Vaccination in Bombay 1924-1928 - 1924-1928
Year: 1924
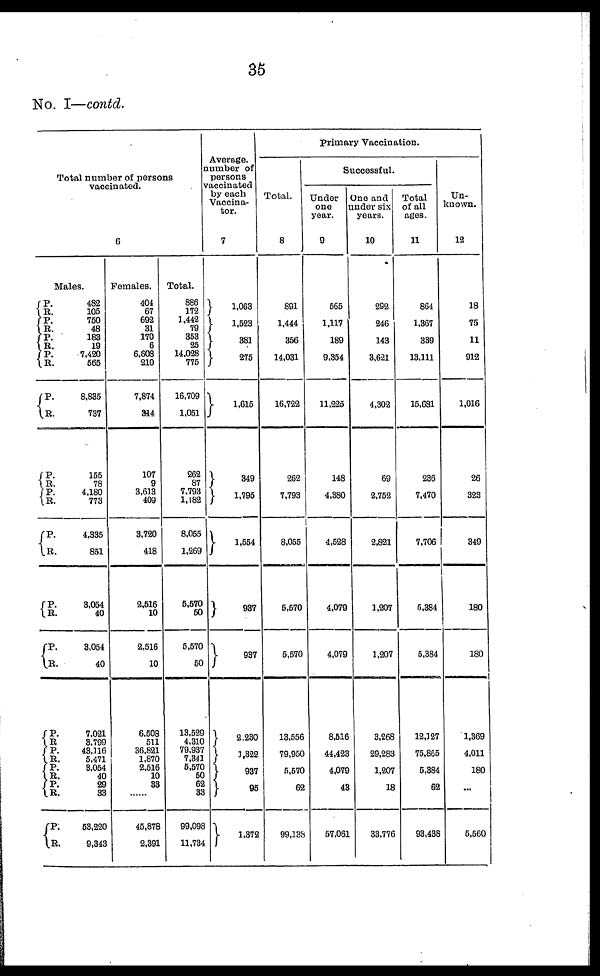
35
No. I—contd.
Total number of persons
vaccinated.
6
Males.
P.
R.
P.
R.
P. R. P.
R.
P.
R.
P. R.
P.
R.
P.
R.
P.
R.
P.
R.
P.
R.
P. R.
P.
R.
P. R.
P.
R.
482
105
750
48
183
19
7,420
565
8,835
737
155
78
4,180
773
4,335
851
3,054
40
3,054
40
7,021
3,799
43,116
5,471
3,054
40
29
33
53,220
9,343
Females.
404
67
692
31
170
6
6,608
210
7,874
314
107
9
3,613
409
3,720
418
2,516
10
2,516
10
6,508
511
36,821
1,870
2,516
10
33
......
45,878
2,391
Total.
886
172
1,442
79
353
25
14,028
775
16,709
1,051
262
87
7,793
1,182
8,055
1,269
5,570
50
5,570
50
13,529
4,310
79,937
7,341
5,570
50
62
33
99,098
11,734
Average
number of
persons
vaccinated
by each
Vaccina¬
tor.
7
1,063
1,523
381
275
1,615
349
1,795
1,554
937
937
2,230
1,322
937
95
1,372
Primary Vaccination.
Total.
8
891
1,444
356
14,031
16,722
262
7,793
8,055
5,570
5,570
13,556
79,950
5,570
62
99,138
Successful.
under
one
year.
9
565
1,117
189
9,354
11,225
148
4,380
4,528
4,079
4,079
8,516
44,423
4,079
43
57,061
One and
under six
years.
10
292
246
143
3,621
4,302
69
2,752
2,821
1,207
1,207
3,268
29,283
1,207
18
33,776
Total
of all
ages.
11
864
1,367
339
13,111
15,681
236
7,470
7,706
5,384
5,384
12,127
75,865
5,384
62
93,438
Un-
known.
12
18
75
11
912
1,016
26
323
349
180
180
1,369
4,011
180
...
5,560